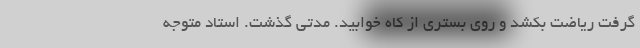
گرفت ریاضت بکشد و روی بستری از کاه خوابید. مدتی گذشت. استاد متوجه